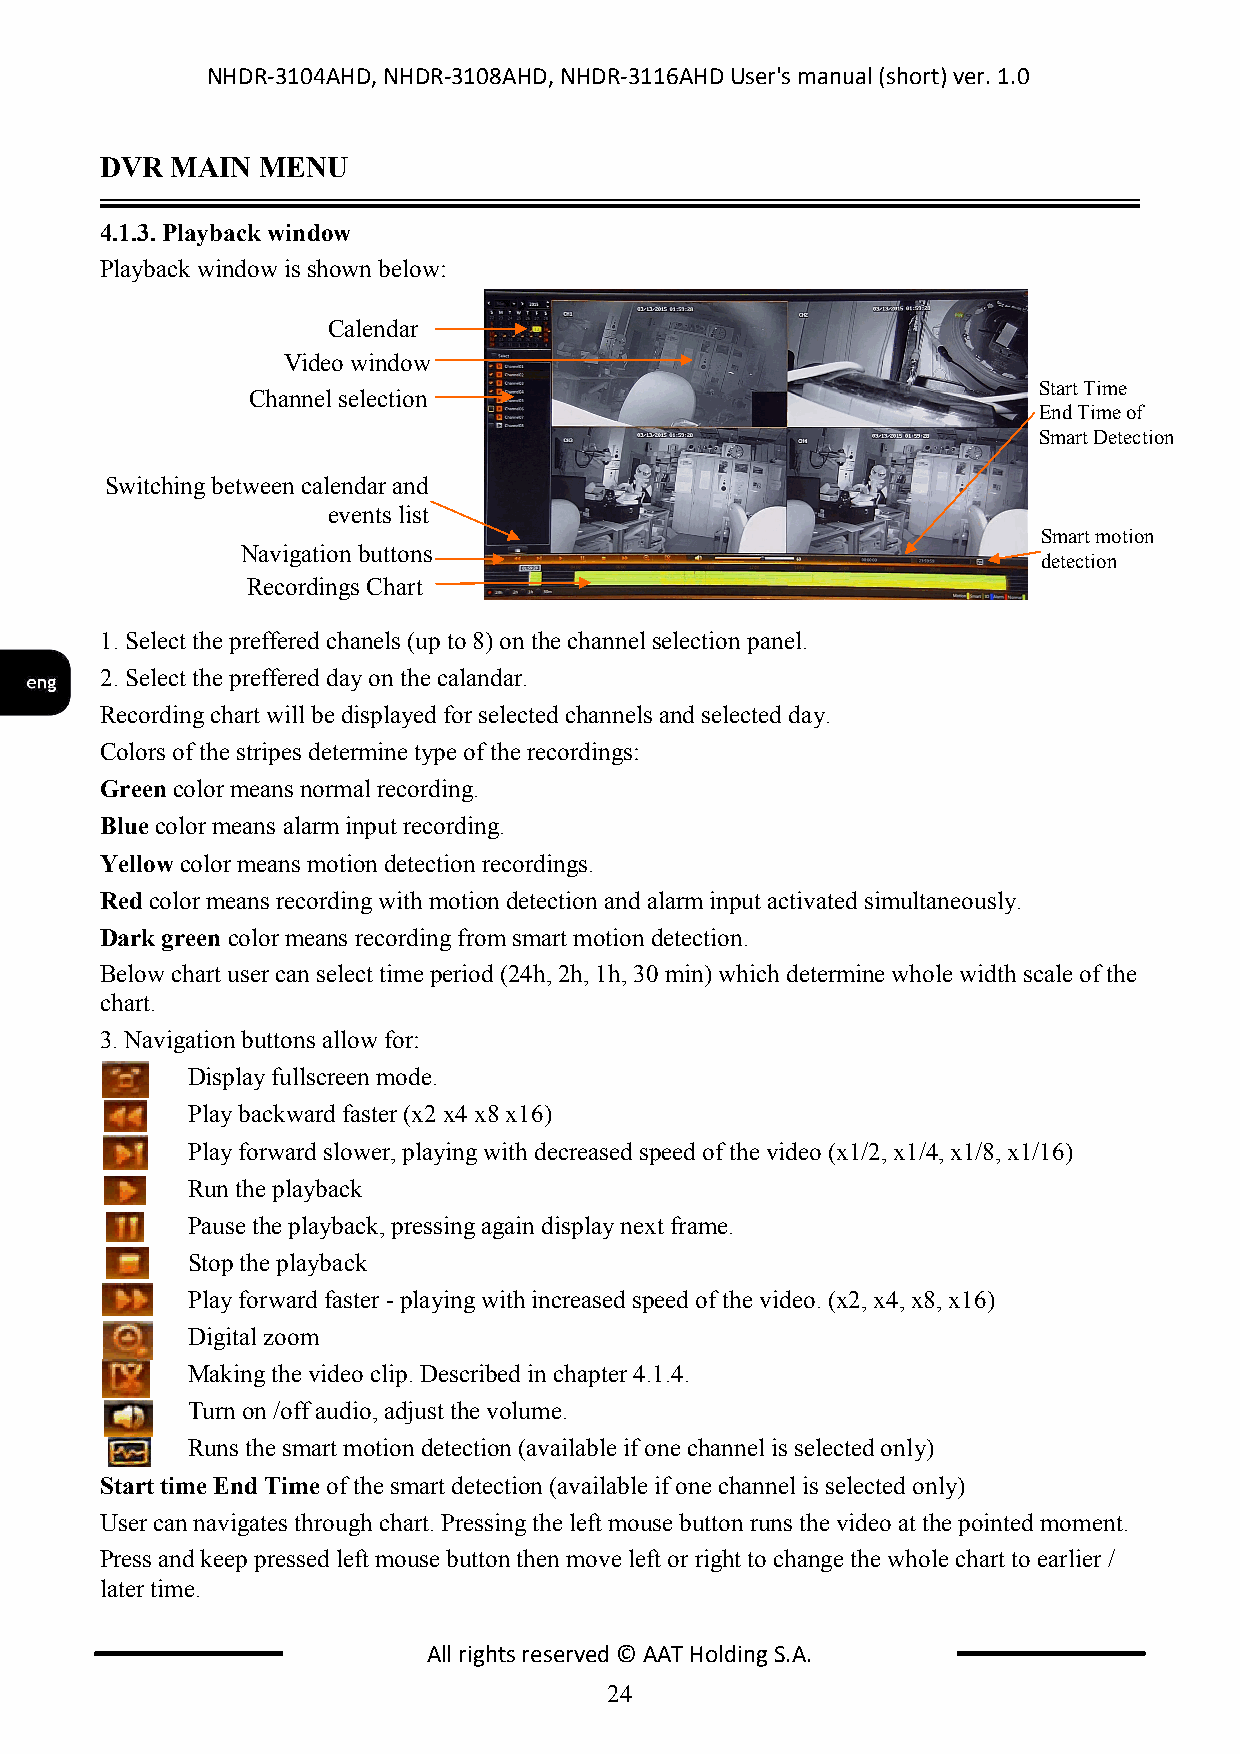
NHDR-3104AHD, NHDR-3108AHD, NHDR-3116AHD User's manual (short) ver. 1.0
 DVR MAIN  MENU
 4.1.3. Playback window
 Playback window is shown below:
 Calendar
 Video window
 Start Time
 Channel selection
 End Time of
 Smart Detection
 Switching between calendar and
 events list
 Smart motion
 Navigation buttons
 detection
 Recordings Chart
 1. Select the preffered chanels (up to 8) on the channel selection panel.
 2. Select the preffered day on the calandar.
 Recording chart will be displayed for selected channels and selected day.
 Colors of the stripes determine type of the recordings:
 Green color means normal recording.
 Blue color means alarm input recording.
 Yellow color means motion detection recordings.
 Red color means recording with motion detection and alarm input activated simultaneously.
 Dark green color means recording from smart motion detection.
 Below chart user can select time period (24h, 2h, 1h, 30 min) which determine whole width scale of the
 chart.
 3. Navigation buttons allow for:
 Display fullscreen mode.
 Play backward faster (x2 x4 x8 x16)
 Play forward slower, playing with decreased speed of the video (x1/2, x1/4, x1/8, x1/16)
 Run the playback
 Pause the playback, pressing again display next frame.
 Stop the playback
 Play forward faster - playing with increased speed of the video. (x2, x4, x8, x16)
 Digital zoom
 Making the video clip. Described in chapter 4.1.4.
 Turn on /off audio, adjust the volume.
 Runs the smart motion detection (available if one channel is selected only)
 Start time End Time of the smart detection (available if one channel is selected only)
 User can navigates through chart. Pressing the left mouse button runs the video at the pointed moment.
 Press and keep pressed left mouse button then move left or right to change the whole chart to earlier /
 later time.
 All rights reserved © AAT Holding S.A.
 24